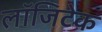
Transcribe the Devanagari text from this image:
लॉजिटेक